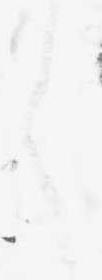
く